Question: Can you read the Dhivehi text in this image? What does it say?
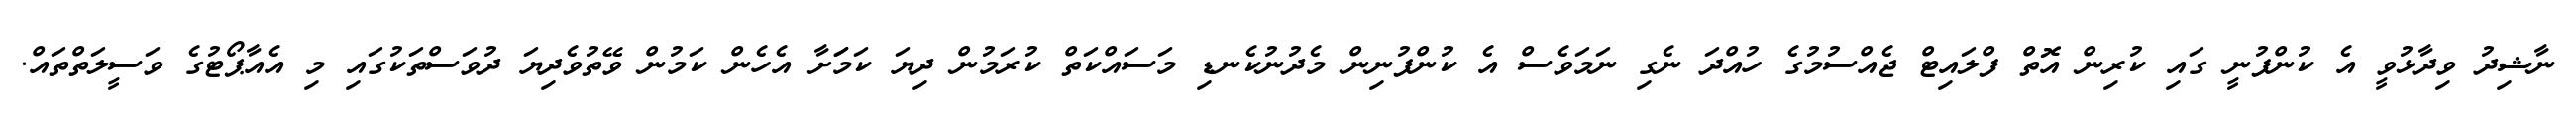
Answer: ނާޝިދު ވިދާޅުވީ އެ ކުންފުނީ ގައި ކުރިން އޮތް ފްލައިޓް ޖެއްސުމުގެ ހުއްދަ ނެގި ނަމަވެސް އެ ކުންފުނިން މެދުނުކެނޑި މަސައްކަތް ކުރަމުން ދިޔަ ކަމަަށާ އެހެން ކަމުން ވޭތުވެދިޔަ ދުވަސްތަކުގައި މި އެއާޕޯޓުގެ ވަސީލަތްތައް.